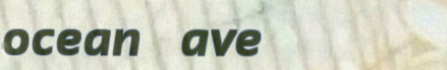
ocean ave